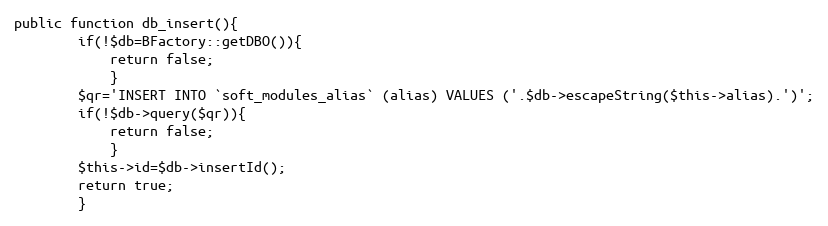
Language: PHP
public function db_insert(){
		if(!$db=BFactory::getDBO()){
			return false;
			}
		$qr='INSERT INTO `soft_modules_alias` (alias) VALUES ('.$db->escapeString($this->alias).')';
		if(!$db->query($qr)){
			return false;
			}
		$this->id=$db->insertId();
		return true;
		}